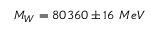
M _ { W } = 8 0 3 6 0 \pm 1 6 \ M e V